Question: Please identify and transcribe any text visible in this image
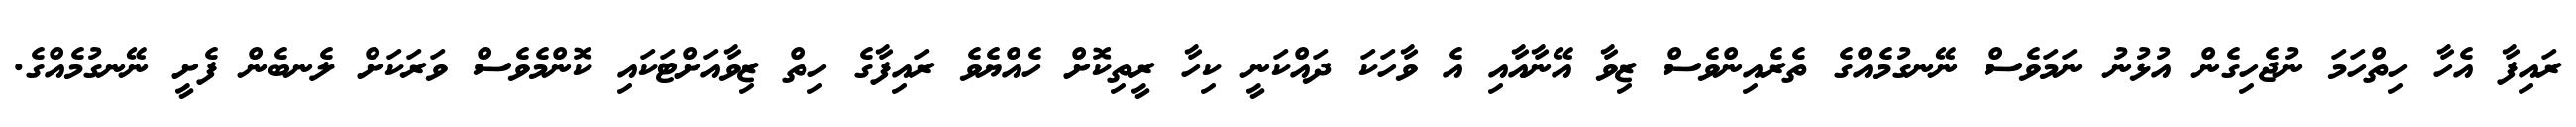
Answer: ރައިފާ އެހާ ހިތްހަމަ ނުޖެހިގެން އުޅުނު ނަމަވެސް ނޭނގުމެއްގެ ތެރެއިންވެސް ޒިވާ އޭނާއާއި އެ ވާހަކަ ދައްކަނީ ކިހާ ރީތިކޮށް ހެއްޔެވެ ރައިފާގެ ހިތް ޒިވާއަށްޓަކައި ކޮންމެވެސް ވަރަކަށް ލެނބެން ފެށީ ނޭނގުމެއްގެ.